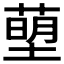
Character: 𮶰